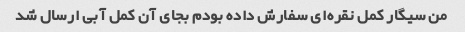
من سیگار کمل نقره‌ای سفارش داده بودم بجای آن کمل آبی ارسال شد